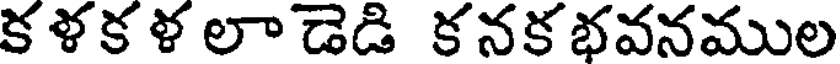
క ళక ళ లా డెడి క నక భవనముల